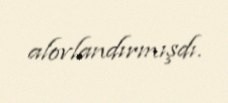
alovlandırmışdı.